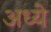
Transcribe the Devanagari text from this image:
अध्ये